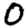
Digit: 0